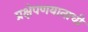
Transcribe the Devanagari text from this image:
प्रक्षेपणयानाची